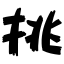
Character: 挑